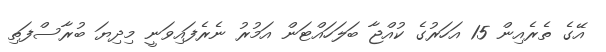
އޭގެ ތެރެއިން 15 އަހަރުގެ ކުއްޖާ ބަލަހައްޓަން އަމުރު ނެރެފައިވަނީ މިދިޔަ ބުރާސްފަތި